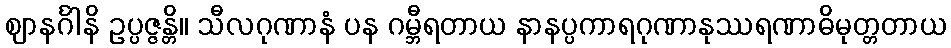
ဈာနင်္ဂါနိ ဥပ္ပဇ္ဇန္တိ။ သီလဂုဏာနံ ပန ဂမ္ဘီရတာယ နာနပ္ပကာရဂုဏာနုဿရဏာဓိမုတ္တတာယ